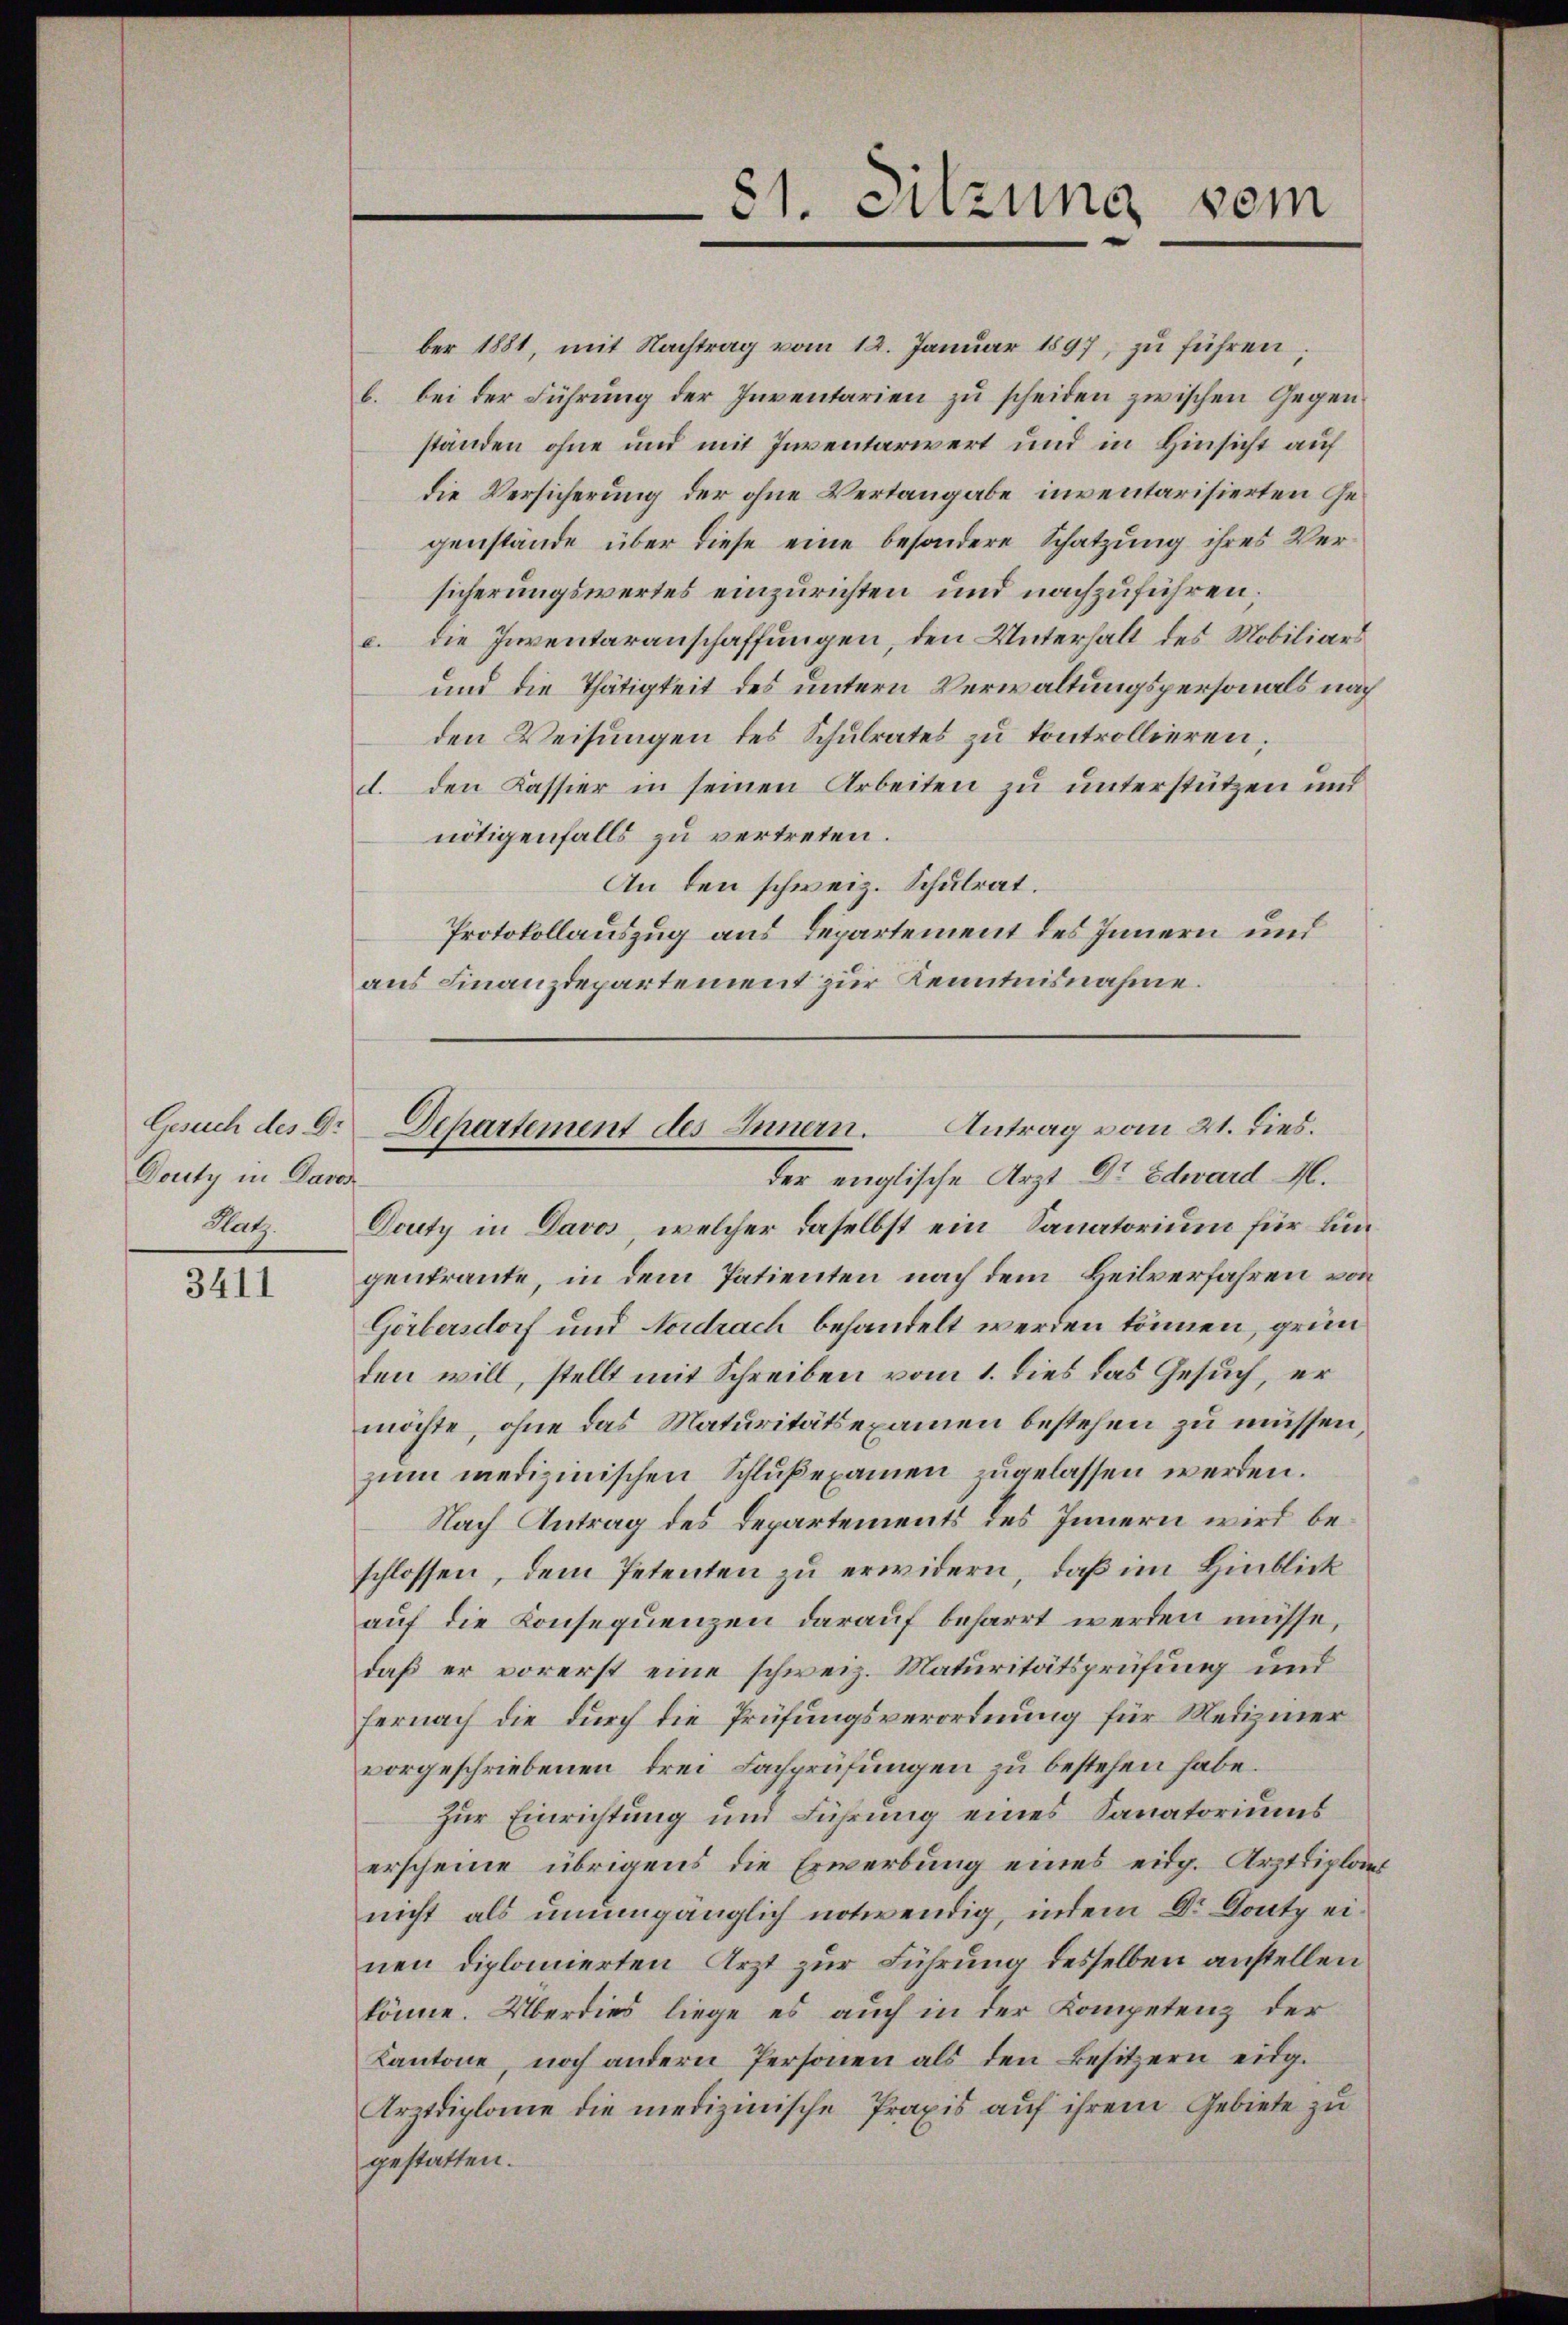
Gesuch des Dr
Douty in Davon

3411

81. Sitzung vom

ber 1881, mit Nachtrag vom 12. Januar 1897, zu führen
b. bei der Führung der Inventarien zu scheiden zwischen Gegenständen ohne und mit Inventariert und in Hinsicht auf
die Versicherung der ohne Vertangabe inventarisierten Gegenstände über diese eine besondere Schatzung ihres Versicherungswertes einzurichten und nachzuführen;
c. die Inventaranschaffungen, den Unterhalt des Mobiliars
und die Thätigkeit des untern Verwaltungspersonals nach
den Weisungen des Schulrates zu kontrollieren;
d. den Kassier in seinen Arbeiten zu unterstützen und
nötigenfalls zu vertreten.
An den schweiz. Schulrat.
Protokollauszug aus Departement des Innern und
aus Finanzdepartement zur Kenntnisnahme.

Departement des Innern. Antrag vom 21. dies.
der englische Arzt Dr Edward M.

Platz. Douty in Davos, welcher daselbst ein Sanatorium für Lungenkraute, in dem Patienten nach dem Heilverfahren von
Görbersdorf und Nordrach behandelt werden können, gründen will, stellt mit Schreiben vom 1. dies das Gesuch, er
möchte, ohne das Maturitätsexamen bestehen zu müssen,
zum medizinischen Schlußexamen zugelassen werden.
Nach Antrag des Departements des Innern wird beschlossen, dem Petenten zu erwidern, daß im Hinblick
auf die Konsequenzen darauf beharrt werden müsse,
daß er vorerst eine schweiz. Maturitätsprüfung und
hernach die durch die Prüfungsverordnung für Mediziner
vorgeschriebenen drei Fachprüfungen zu bestehen habe.
Zur Einrichtung und Führung eines Sanatoriums
erscheine übrigens die Erwerbung eines eidg. Arztdiplant
nicht als unumgänglich notwendig, indem Dr. Dontz einen diplomierten Arzt zur Führung desselben anstellen
könne. Überdies liege es auch in der Kompetenz der
Kantone, noch andern Personen als den Besitzern eidg.
Arztdiplome die medizinische Praxis auf ihrem Gebiete zu
gestatten.